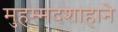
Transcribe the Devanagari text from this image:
मुहम्मदशाहाने